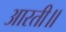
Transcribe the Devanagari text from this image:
आरती॥